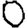
Digit: 0